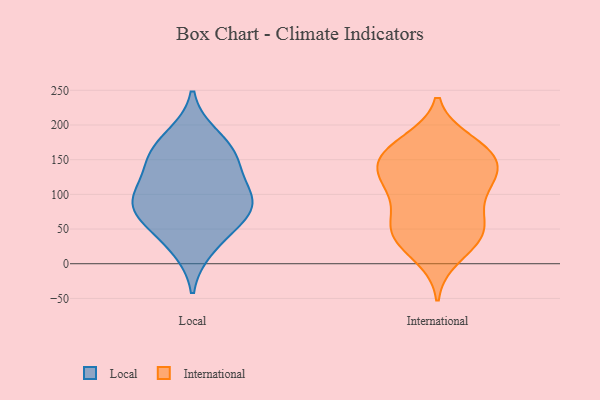
{"axis": {"x": "Net Income (USD K)", "y": "Value"}, "legend": ["International", "Local"], "data": [{"x": "", "y": 51, "type": "Local"}, {"x": "", "y": 106, "type": "Local"}, {"x": "", "y": 91, "type": "Local"}, {"x": "", "y": 151, "type": "Local"}, {"x": "", "y": 163, "type": "Local"}, {"x": "", "y": 71, "type": "Local"}, {"x": "", "y": 23, "type": "Local"}, {"x": "", "y": 143, "type": "Local"}, {"x": "", "y": 87, "type": "Local"}, {"x": "", "y": 86, "type": "Local"}, {"x": "", "y": 183, "type": "Local"}, {"x": "", "y": 54, "type": "International"}, {"x": "", "y": 108, "type": "International"}, {"x": "", "y": 160, "type": "International"}, {"x": "", "y": 176, "type": "International"}, {"x": "", "y": 92, "type": "International"}, {"x": "", "y": 164, "type": "International"}, {"x": "", "y": 10, "type": "International"}, {"x": "", "y": 63, "type": "International"}, {"x": "", "y": 123, "type": "International"}, {"x": "", "y": 138, "type": "International"}, {"x": "", "y": 48, "type": "International"}, {"x": "", "y": 139, "type": "International"}, {"x": "", "y": 28, "type": "International"}, {"x": "", "y": 47, "type": "International"}, {"x": "", "y": 151, "type": "International"}, {"x": "", "y": 107, "type": "International"}, {"x": "", "y": 171, "type": "International"}, {"x": "", "y": 131, "type": "International"}, {"x": "", "y": 40, "type": "International"}]}